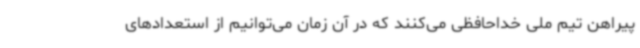
پیراهن تیم ملی خداحافظی می‌کنند که در آن زمان می‌توانیم از استعدادهای